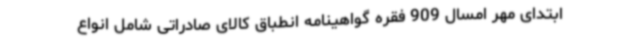
ابتدای مهر امسال 909 فقره گواهینامه انطباق کالای صادراتی شامل انواع